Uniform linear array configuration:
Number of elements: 12
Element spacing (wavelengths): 0.75
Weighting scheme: exponential
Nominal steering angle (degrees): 30
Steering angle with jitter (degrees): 29.458
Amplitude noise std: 0.05
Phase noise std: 0.05

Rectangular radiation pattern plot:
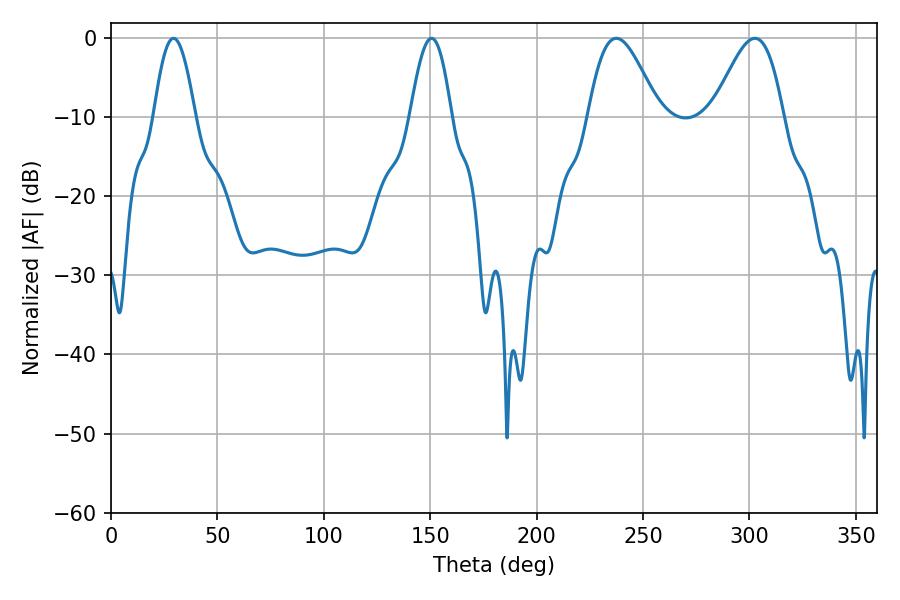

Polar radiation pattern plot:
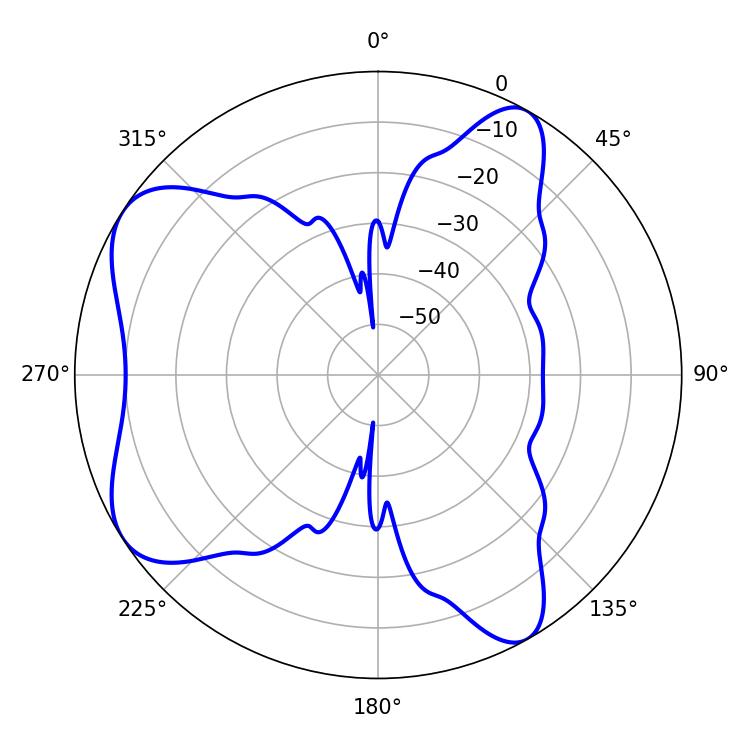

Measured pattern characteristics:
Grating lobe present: TRUE
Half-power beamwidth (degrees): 17.64
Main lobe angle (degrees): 302.58